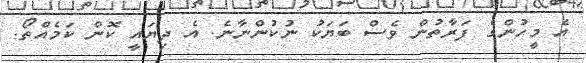
އެ މީހުންގެ ފަރާތުން ވެސް ބަޔަކު ނުކުންނާނެ. އެ ދިޔައީ ކޮން ކަމެއްތޯ.